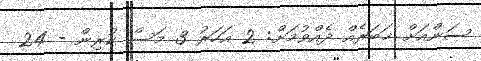
ސަންއަށް ޚަބަރެއް ދެއްވުމަށް: 2 އަހަރު 3 މަސް ކުރިން - 24